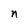
Character: n